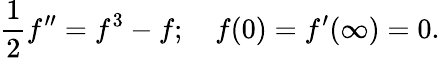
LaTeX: {\frac{1}{2}}f^{\prime\prime}=f^{3}-f;\quad f(0)=f^{\prime}(\infty)=0.